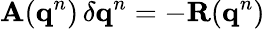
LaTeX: \mathbf{A}(\mathbf{q}^{n})\, \delta\mathbf{q}^{n}=-\mathbf{R}(\mathbf{q}^{n})